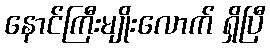
နောင်ကြီးမျိုးလောက် ရှိပြီ